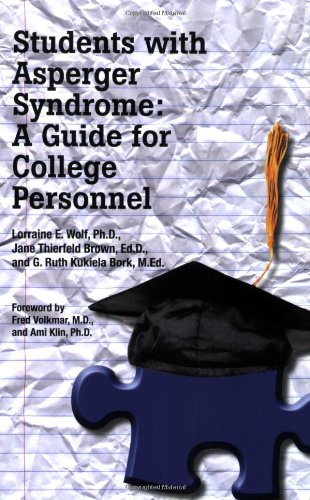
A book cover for Students with Asperger Syndrome: A Guide for College Personnel; Lorraine E. Wolf; Education & Teaching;